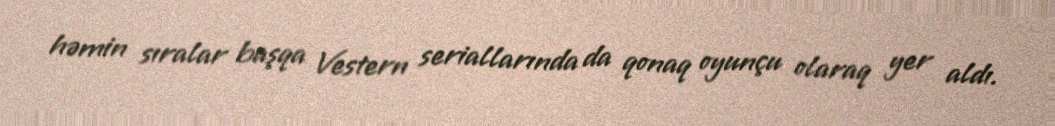
həmin sıralar başqa Vestern seriallarında da qonaq oyunçu olaraq yer aldı.